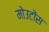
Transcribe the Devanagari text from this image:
मोउटोंस